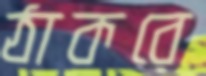
ঠাকরে